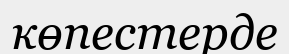
көпестерде